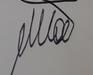
Signature authenticity: genuine